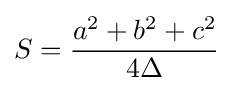
S={\frac {a^{2}+b^{2}+c^{2}}{4\Delta }}